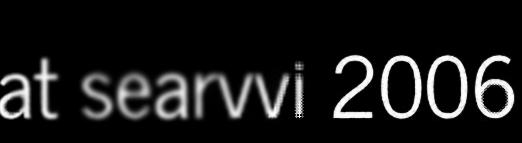
at searvvi 2006